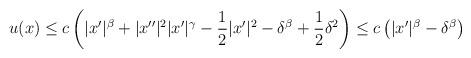
LaTeX: \begin{align*}u(x)\leq c \left(|x'|^{\beta} + |x''|^2 |x'|^{\gamma} - \frac12 |x'|^2 - \delta^{\beta} + \frac12\delta^{2}\right)\leq c \left(|x'|^{\beta} - \delta^{\beta}\right)\end{align*}